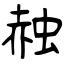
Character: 赨